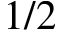
1 / 2